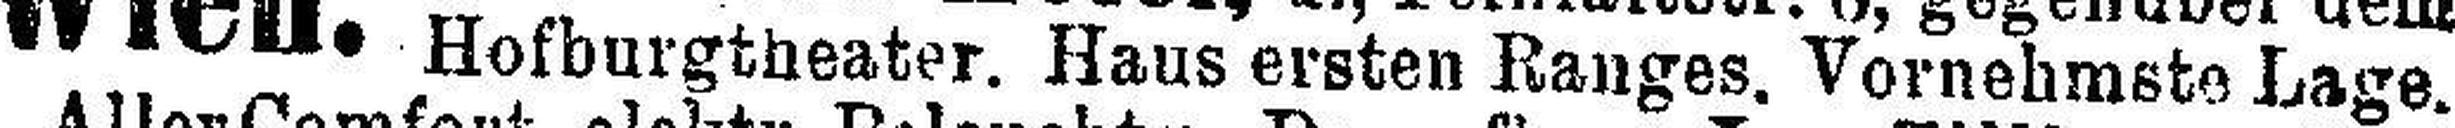
Hofburgtheater. Haus ersten Ranges. Vornehmste Lage.